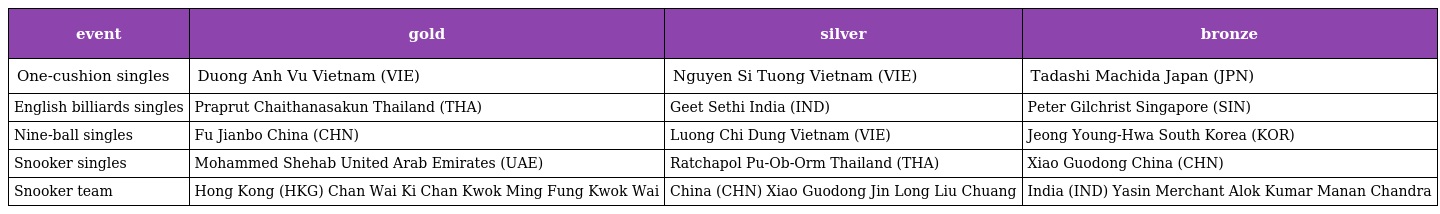
| event | gold | silver | bronze |
 | --- | --- | --- | --- |
 | One-cushion singles | Duong Anh Vu Vietnam (VIE) | Nguyen Si Tuong Vietnam (VIE) | Tadashi Machida Japan (JPN) |
 | English billiards singles | Praprut Chaithanasakun Thailand (THA) | Geet Sethi India (IND) | Peter Gilchrist Singapore (SIN) |
 | Nine-ball singles | Fu Jianbo China (CHN) | Luong Chi Dung Vietnam (VIE) | Jeong Young-Hwa South Korea (KOR) |
 | Snooker singles | Mohammed Shehab United Arab Emirates (UAE) | Ratchapol Pu-Ob-Orm Thailand (THA) | Xiao Guodong China (CHN) |
 | Snooker team | Hong Kong (HKG) Chan Wai Ki Chan Kwok Ming Fung Kwok Wai | China (CHN) Xiao Guodong Jin Long Liu Chuang | India (IND) Yasin Merchant Alok Kumar Manan Chandra |